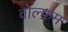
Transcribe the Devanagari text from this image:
वोल्फ्रम